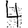
Digit: 4